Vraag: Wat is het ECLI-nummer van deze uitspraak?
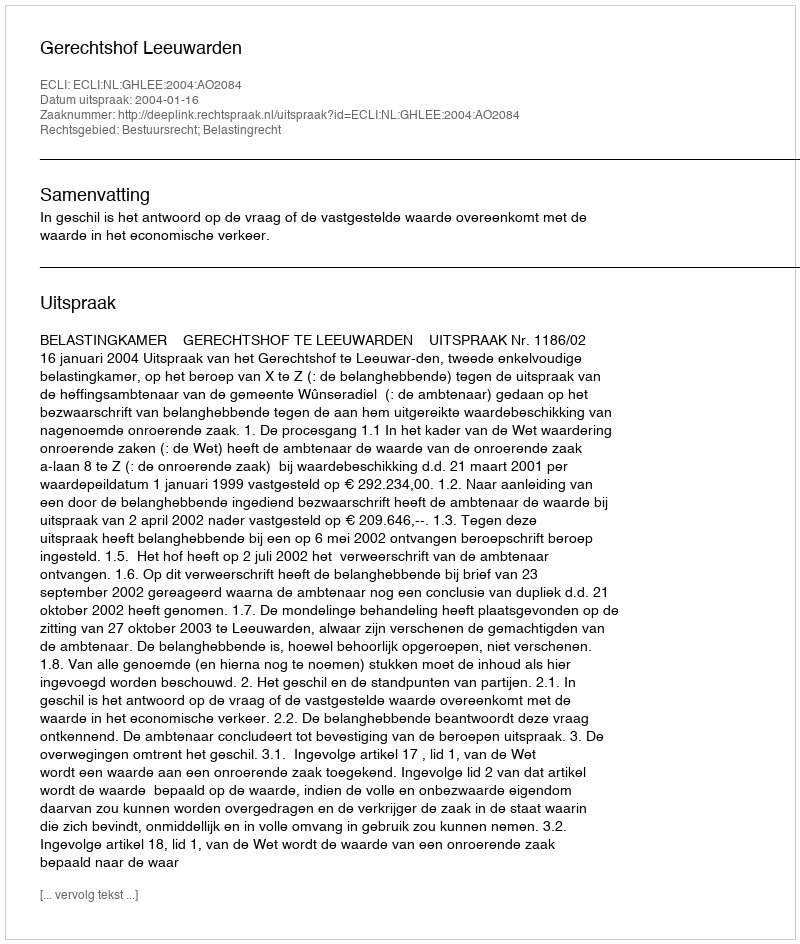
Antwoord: ECLI:NL:GHLEE:2004:AO2084